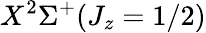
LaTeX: X^{2}\Sigma^{+}(J_{z}=1/2)